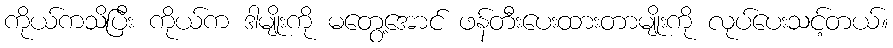
ကိုယ်ကသိပြီး ကိုယ်က ဒါမျိုးကို မတွေ့အောင် ဖန်တီးပေးထားတာမျိုးကို လုပ်ပေးသင့်တယ်။